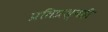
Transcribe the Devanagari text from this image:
प्रतिप्रश्‍नही